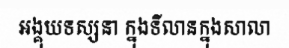
អង្គុយទស្សនា ក្នុងទីលានក្នុងសាលា